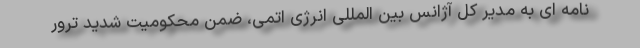
نامه ای به مدیر کل آژانس بین المللی انرژی اتمی، ضمن محکومیت شدید ترور